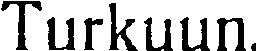
Turkuun.